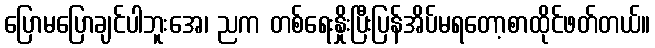
ပြောမပြောချင်ပါဘူးအေ၊ ညက တစ်ရေးနှိုးပြီးပြန်အိပ်မရတော့စာထိုင်ဖတ်တယ်။